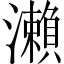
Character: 瀨